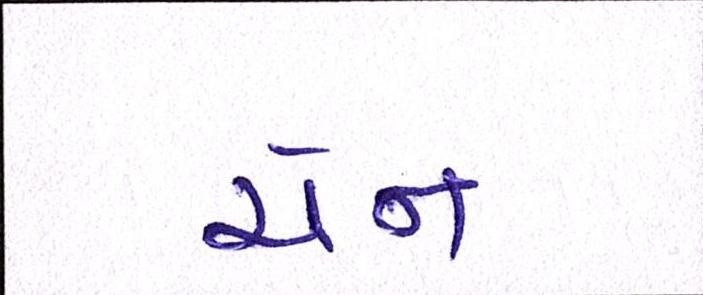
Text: ચેન